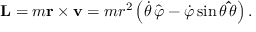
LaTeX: \mathbf { L } = m \mathbf { r } \times \mathbf { v } = m r ^ { 2 } \left( { \dot { \theta } } \, { \hat { \boldsymbol { \varphi } } } - { \dot { \varphi } } \sin \theta \, \mathbf { \hat { \boldsymbol { \theta } } } \right) .